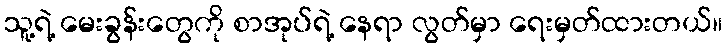
သူ့ရဲ့ မေးခွန်းတွေကို စာအုပ်ရဲ့ နေရာ လွတ်မှာ ရေးမှတ်ထားတယ်။